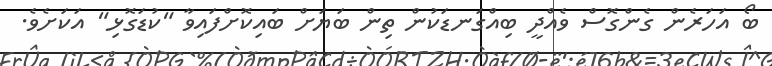
ބޯ އަހަރެން ގެންގޮސް ވެއްދީ ބިއްގަނޑަކުން ތިން ބަޔަށް ބައިކޮށްފައިވާ "ކުޑަގޮޅި" އަކަށެވެ.